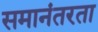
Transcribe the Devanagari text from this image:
समानंतरता